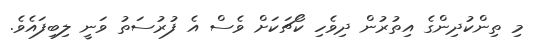
މި ތިންކުދިންގެ އިތުރުން ދިވެހި ކޯޗަކަށް ވެސް އެ ފުރުސަތު ވަނީ ލިބިފައެވެ.